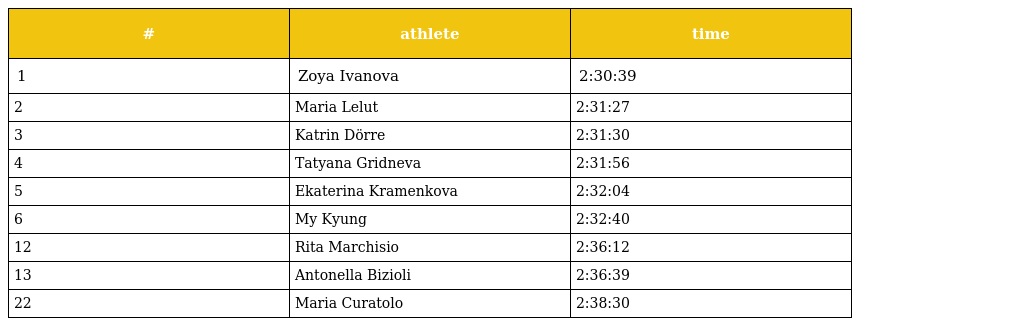
| # | athlete | time |
 | --- | --- | --- |
 | 1 | Zoya Ivanova | 2:30:39 |
 | 2 | Maria Lelut | 2:31:27 |
 | 3 | Katrin Dörre | 2:31:30 |
 | 4 | Tatyana Gridneva | 2:31:56 |
 | 5 | Ekaterina Kramenkova | 2:32:04 |
 | 6 | My Kyung | 2:32:40 |
 | 12 | Rita Marchisio | 2:36:12 |
 | 13 | Antonella Bizioli | 2:36:39 |
 | 22 | Maria Curatolo | 2:38:30 |